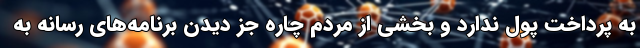
به پرداخت پول ندارد و بخشی از مردم چاره جز دیدن برنامه‌های رسانه به